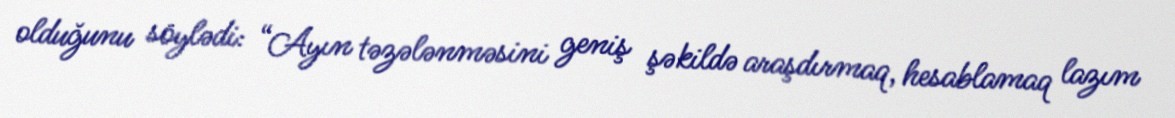
olduğunu söylədi: “Ayın təzələnməsini geniş şəkildə araşdırmaq, hesablamaq lazım